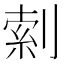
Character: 𫦎